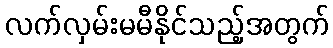
လက်လှမ်းမမီနိုင်သည့်အတွက်